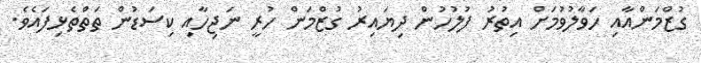
ގުޒްމަންއާއި ހަވާލުވުމަށް އިތުރު ފުލުހުން ދިޔައިރު ގުޒްމަން ހުރީ ނަޖިހާއި ކިސަޑުން ތަތްތެޅިފައެވެ.